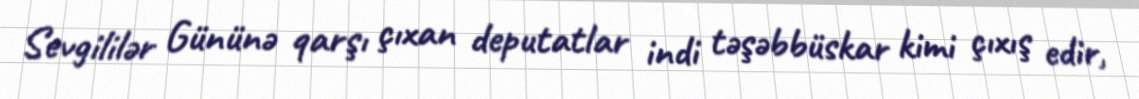
Sevgililər Gününə qarşı çıxan deputatlar indi təşəbbüskar kimi çıxış edir,